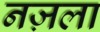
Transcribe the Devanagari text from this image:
नज़ला